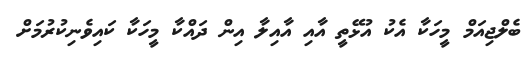
ބެލްޖިއަމް މީހަކާ އެކު އުޅޭތީ އާއި އާއިލާ އިން ދައްކާ މީހަކާ ކައިވެނިކުރުމަށް